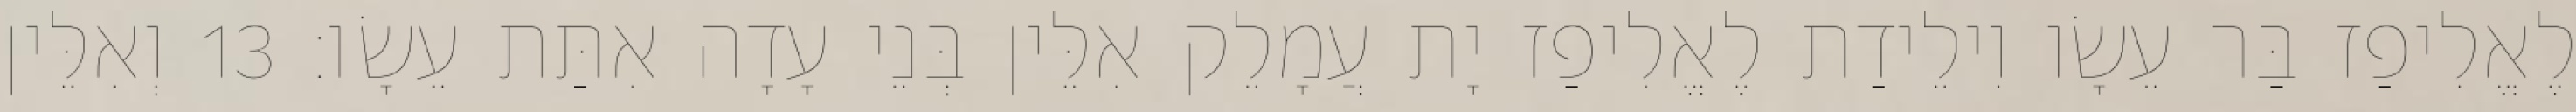
לֶאֱלִיפַז בַּר עֵשָׂו וִילֵידַת לֶאֱלִיפַז יָת עֲמָלֵק אִלֵּין בְּנֵי עָדָה אִתַּת עֵשָׂו׃ 13 וְאִלֵּין